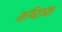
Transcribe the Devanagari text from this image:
मष्‍तिष्‍क